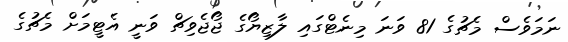
ނަމަވެސް މެޗުގެ 81 ވަނަ މިނެޓްގައި ލާޒިޔޯގެ ޖޯޖެވިޗް ވަނީ އެޓީމަށް މެޗުގެ